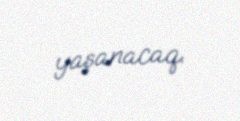
yaşanacaq.